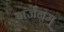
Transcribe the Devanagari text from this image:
गर्जनम्‌